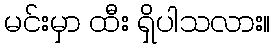
မင်းမှာ ထီး ရှိပါသလား။